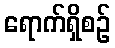
ရောက်ရှိစဉ်